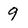
Character: 9